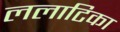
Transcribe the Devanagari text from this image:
ललाटिका